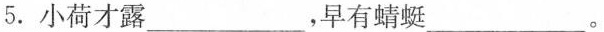
5.小荷才露____________，早有蜻蜓______________。